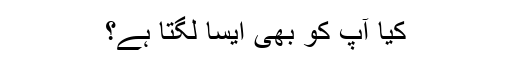
کیا آپ کو بھی ایسا لگتا ہے؟